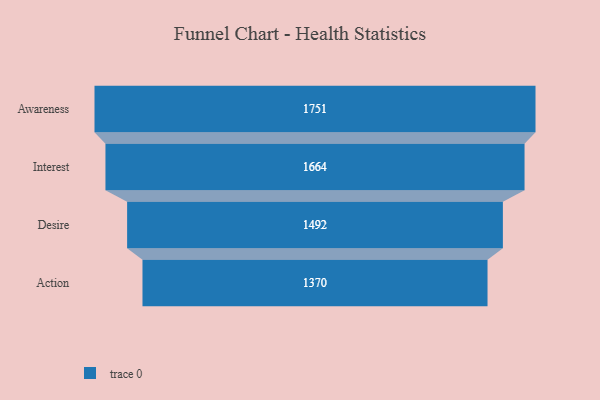
{"axis": {"x": "Stage", "y": "Value"}, "legend": [""], "data": [{"x": "Awareness", "y": 1751.0, "type": ""}, {"x": "Interest", "y": 1664.0, "type": ""}, {"x": "Desire", "y": 1492.0, "type": ""}, {"x": "Action", "y": 1370.0, "type": ""}]}